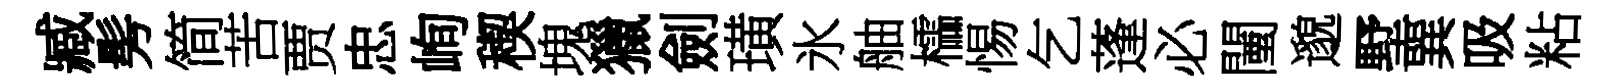
臧髣简苦贾忠峋稧塊獵劍璜氷舳櫺惕乞蓬必闉邈墅巽吸粘